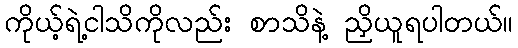
ကိုယ့်ရဲ့ငါသိကိုလည်း စာသိနဲ့ ညှိယူရပါတယ်။